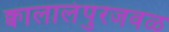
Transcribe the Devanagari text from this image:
क्वालालंपुरजवळ